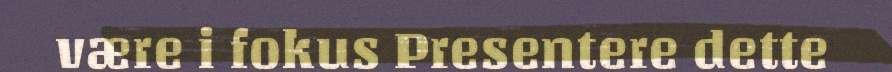
være i fokus Presentere dette